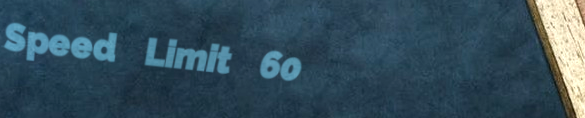
Speed Limit 60